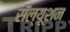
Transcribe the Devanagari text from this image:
सॅल्यूशन